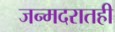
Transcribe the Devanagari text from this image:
जन्मदरातही